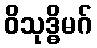
ဝိသုဒ္ဓိမဂ်